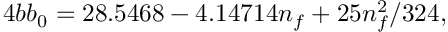
4 b b _ { 0 } = 2 8 . 5 4 6 8 - 4 . 1 4 7 1 4 n _ { f } + 2 5 n _ { f } ^ { 2 } / 3 2 4 ,